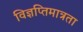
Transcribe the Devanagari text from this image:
विज्ञप्तिमात्रता